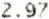
2.97